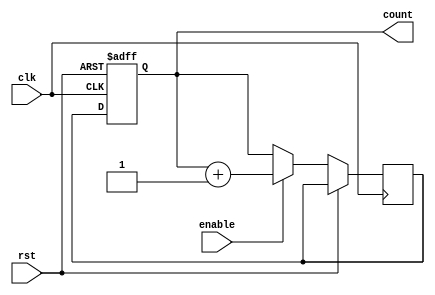
module binary_up_counter (
    input clk,
    input rst,
    input enable,
    output reg [3:0] count
);

reg [3:0] next_count;

always @(posedge clk or posedge rst) begin
    if (rst) begin
        count <= 4'b0000;
    end else begin
        if (enable) begin
            next_count <= count + 1;
        end else begin
            next_count <= count;
        end
        count <= next_count;
    end
end

endmodule